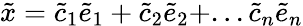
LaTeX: \tilde{x}=\tilde{c}_{1}\tilde{e}_{1}+\tilde{c}_{2}\tilde{e}_{2}+...\tilde{c}_{n}\tilde{e}_{n}